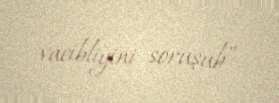
vacibliyini soruşub”.